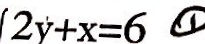
2 y + x = 6 \textcircled { 1 }